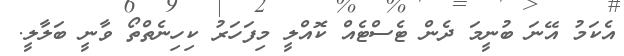
އެކަމު އޭނަ ބުނީމަ ދެން ޓެސްޓެއް ކޮއްލީ މިފަހަރު ކިހިނެތްތޯ ވާނީ ބަލާލީ.